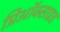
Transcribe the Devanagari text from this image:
प्रिऑक्साइड